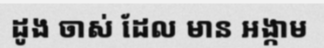
ដូង ចាស់ ដែល មាន អង្កាម